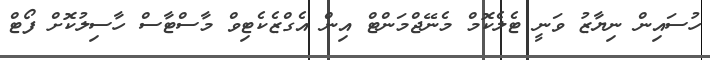
ހުސައިން ނިޔާޒު ވަނީ ޓެލެކޮމް މެނޭޖްމަންޓް އިން އެގްޒެކެޓިވް މާސްޓާސް ހާސިލުކޮށް ފޯޓް